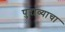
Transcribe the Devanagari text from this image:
पुराव्याचा